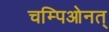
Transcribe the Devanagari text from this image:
चम्पिओनत्